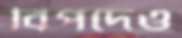
বিপদেও